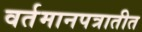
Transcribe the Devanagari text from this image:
वर्तमानपत्रातीत